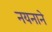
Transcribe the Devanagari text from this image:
नयनाने